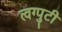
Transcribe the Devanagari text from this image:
त्वग्पुटी